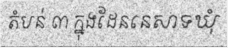
តំបន់ ៣ ក្នុងដែននេសាទឃុំ